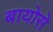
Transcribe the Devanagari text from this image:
बायोसे